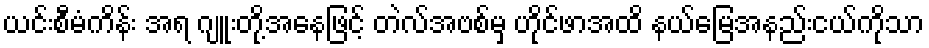
ယင်းစီမံကိန်း အရ ဂျူးတို့အနေဖြင့် တဲလ်အဗစ်မှ ဟိုင်ဖာအထိ နယ်မြေအနည်းငယ်ကိုသာ